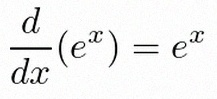
\frac{d}{dx}(e^x)=e^x